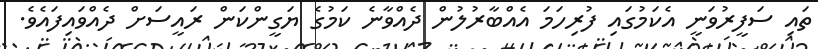
ތައި ސަފީރުވަނީ އެކަމުގައި ފުރިހަމަ އެއްބާރުލުން ދެއްވާނެ ކަމުގެ ޔަގީންކަން ރައީސަށް ދެއްވައިފައެވެ.